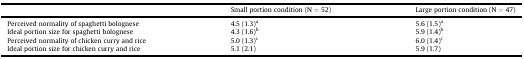
<table><thead><tr><td></td><td><b>Small portion condition (N = 52)</b></td><td><b>Large portion condition (N = 47)</b></td></tr></thead><tbody><tr><td>Perceived normality of spaghetti bolognese</td><td>4.5 (1.3)<sup>a</sup></td><td>5.6 (1.5)<sup>a</sup></td></tr><tr><td>Ideal portion size for spaghetti bolognese</td><td>4.3 (1.6)<sup>b</sup></td><td>5.9 (1.4)<sup>b</sup></td></tr><tr><td>Perceived normality of chicken curry and rice</td><td>5.0 (1.3)<sup>c</sup></td><td>6.0 (1.4)<sup>c</sup></td></tr><tr><td>Ideal portion size for chicken curry and rice</td><td>5.1 (2.1)</td><td>5.9 (1.7)</td></tr></tbody></table>